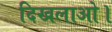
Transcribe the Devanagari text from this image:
दिखलाओ।